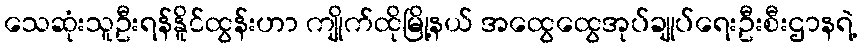
သေဆုံးသူဦးရန်နိူင်ထွန်းဟာ ကျိုက်ထိုမြို့နယ် အထွေထွေအုပ်ချုပ်ရေးဦးစီးဌာနရဲ့